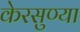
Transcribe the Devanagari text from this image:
केरसुण्या